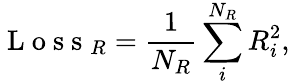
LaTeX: \mathrm{~L~o~s~s~}_{R}=\frac{1}{N_{R}}\sum_{i}^{N_{R}}R_{i}^{2},